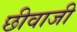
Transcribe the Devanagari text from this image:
छीवाजी